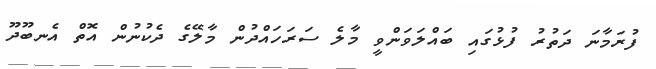
ފުރަމާނަ ދަތުރު ފުޅުގައި ބައްލަވަންވީ މާލެ ސަރަހައްދުން މާލޭގެ ދެކުނުން އޮތް އެނބޫދޫ